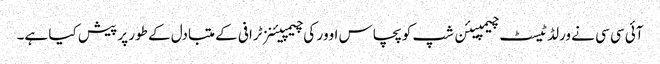
آئی سی سی نے ورلڈ ٹیسٹ چیمپیئن شپ کو پچاس اوور کی چیمپیئنز ٹرافی کے متبادل کے طور پر پیش کیا ہے۔